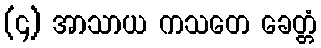
(၄) အာသာယ ကသတေ ခေတ္တံ